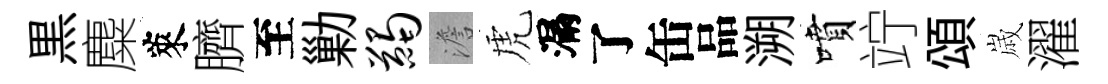
黒麋萊臍至勦蠲澹虎漏了缶品溯噴竚頌𡻕濯